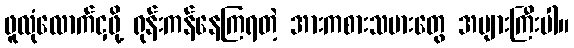
ဖူလုံလောက်ငှဖို့ ရုန်းကန်နေကြရတဲ့ အားကစားသမားတွေ အများကြီးပါ။